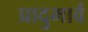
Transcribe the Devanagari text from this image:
प्रादुभार्व